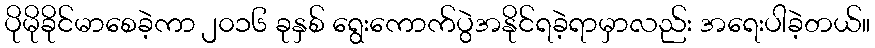
ပိုမိုခိုင်မာစေခဲ့ကာ ၂၀၁၆ ခုနှစ် ရွေးကောက်ပွဲအနိုင်ရခဲ့ရာမှာလည်း အရေးပါခဲ့တယ်။